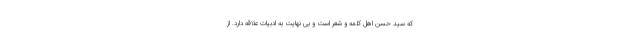
که سید حسن اهل کلمه و شعر است و بی نهایت به ادبیات علاقه دارد. از